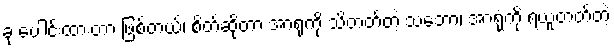
ခု ပေါင်းထားတာ ဖြစ်တယ်၊ စိတ်ဆိုတာ အာရုံကို သိတတ်တဲ့ သဘော၊ အာရုံကို ရယူတတ်တဲ့